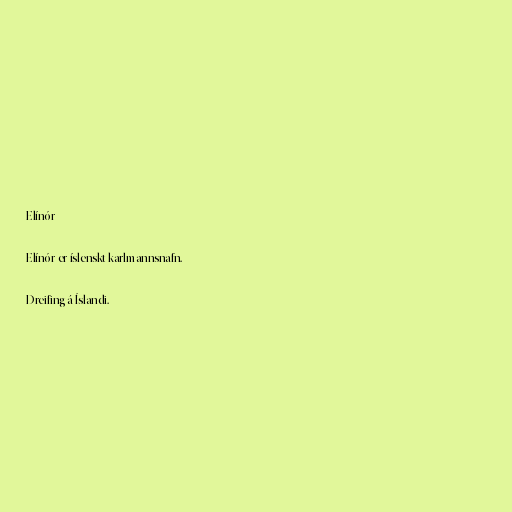
Elínór

Elínór er íslenskt karlmannsnafn.

Dreifing á Íslandi.